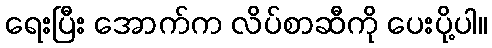
ရေးပြီး အောက်က လိပ်စာဆီကို ပေးပို့ပါ။